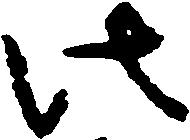
此